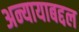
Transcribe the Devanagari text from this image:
अन्यायाबद्दल